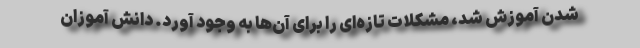
شدن آموزش شد، مشکلات تازه‌ای را برای آن‌ها به وجود آورد. دانش آموزان